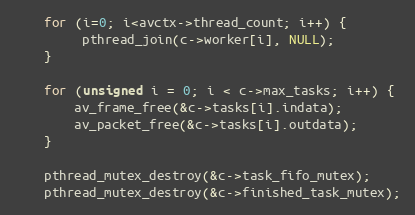
Language: C
    for (i=0; i<avctx->thread_count; i++) {
         pthread_join(c->worker[i], NULL);
    }

    for (unsigned i = 0; i < c->max_tasks; i++) {
        av_frame_free(&c->tasks[i].indata);
        av_packet_free(&c->tasks[i].outdata);
    }

    pthread_mutex_destroy(&c->task_fifo_mutex);
    pthread_mutex_destroy(&c->finished_task_mutex);